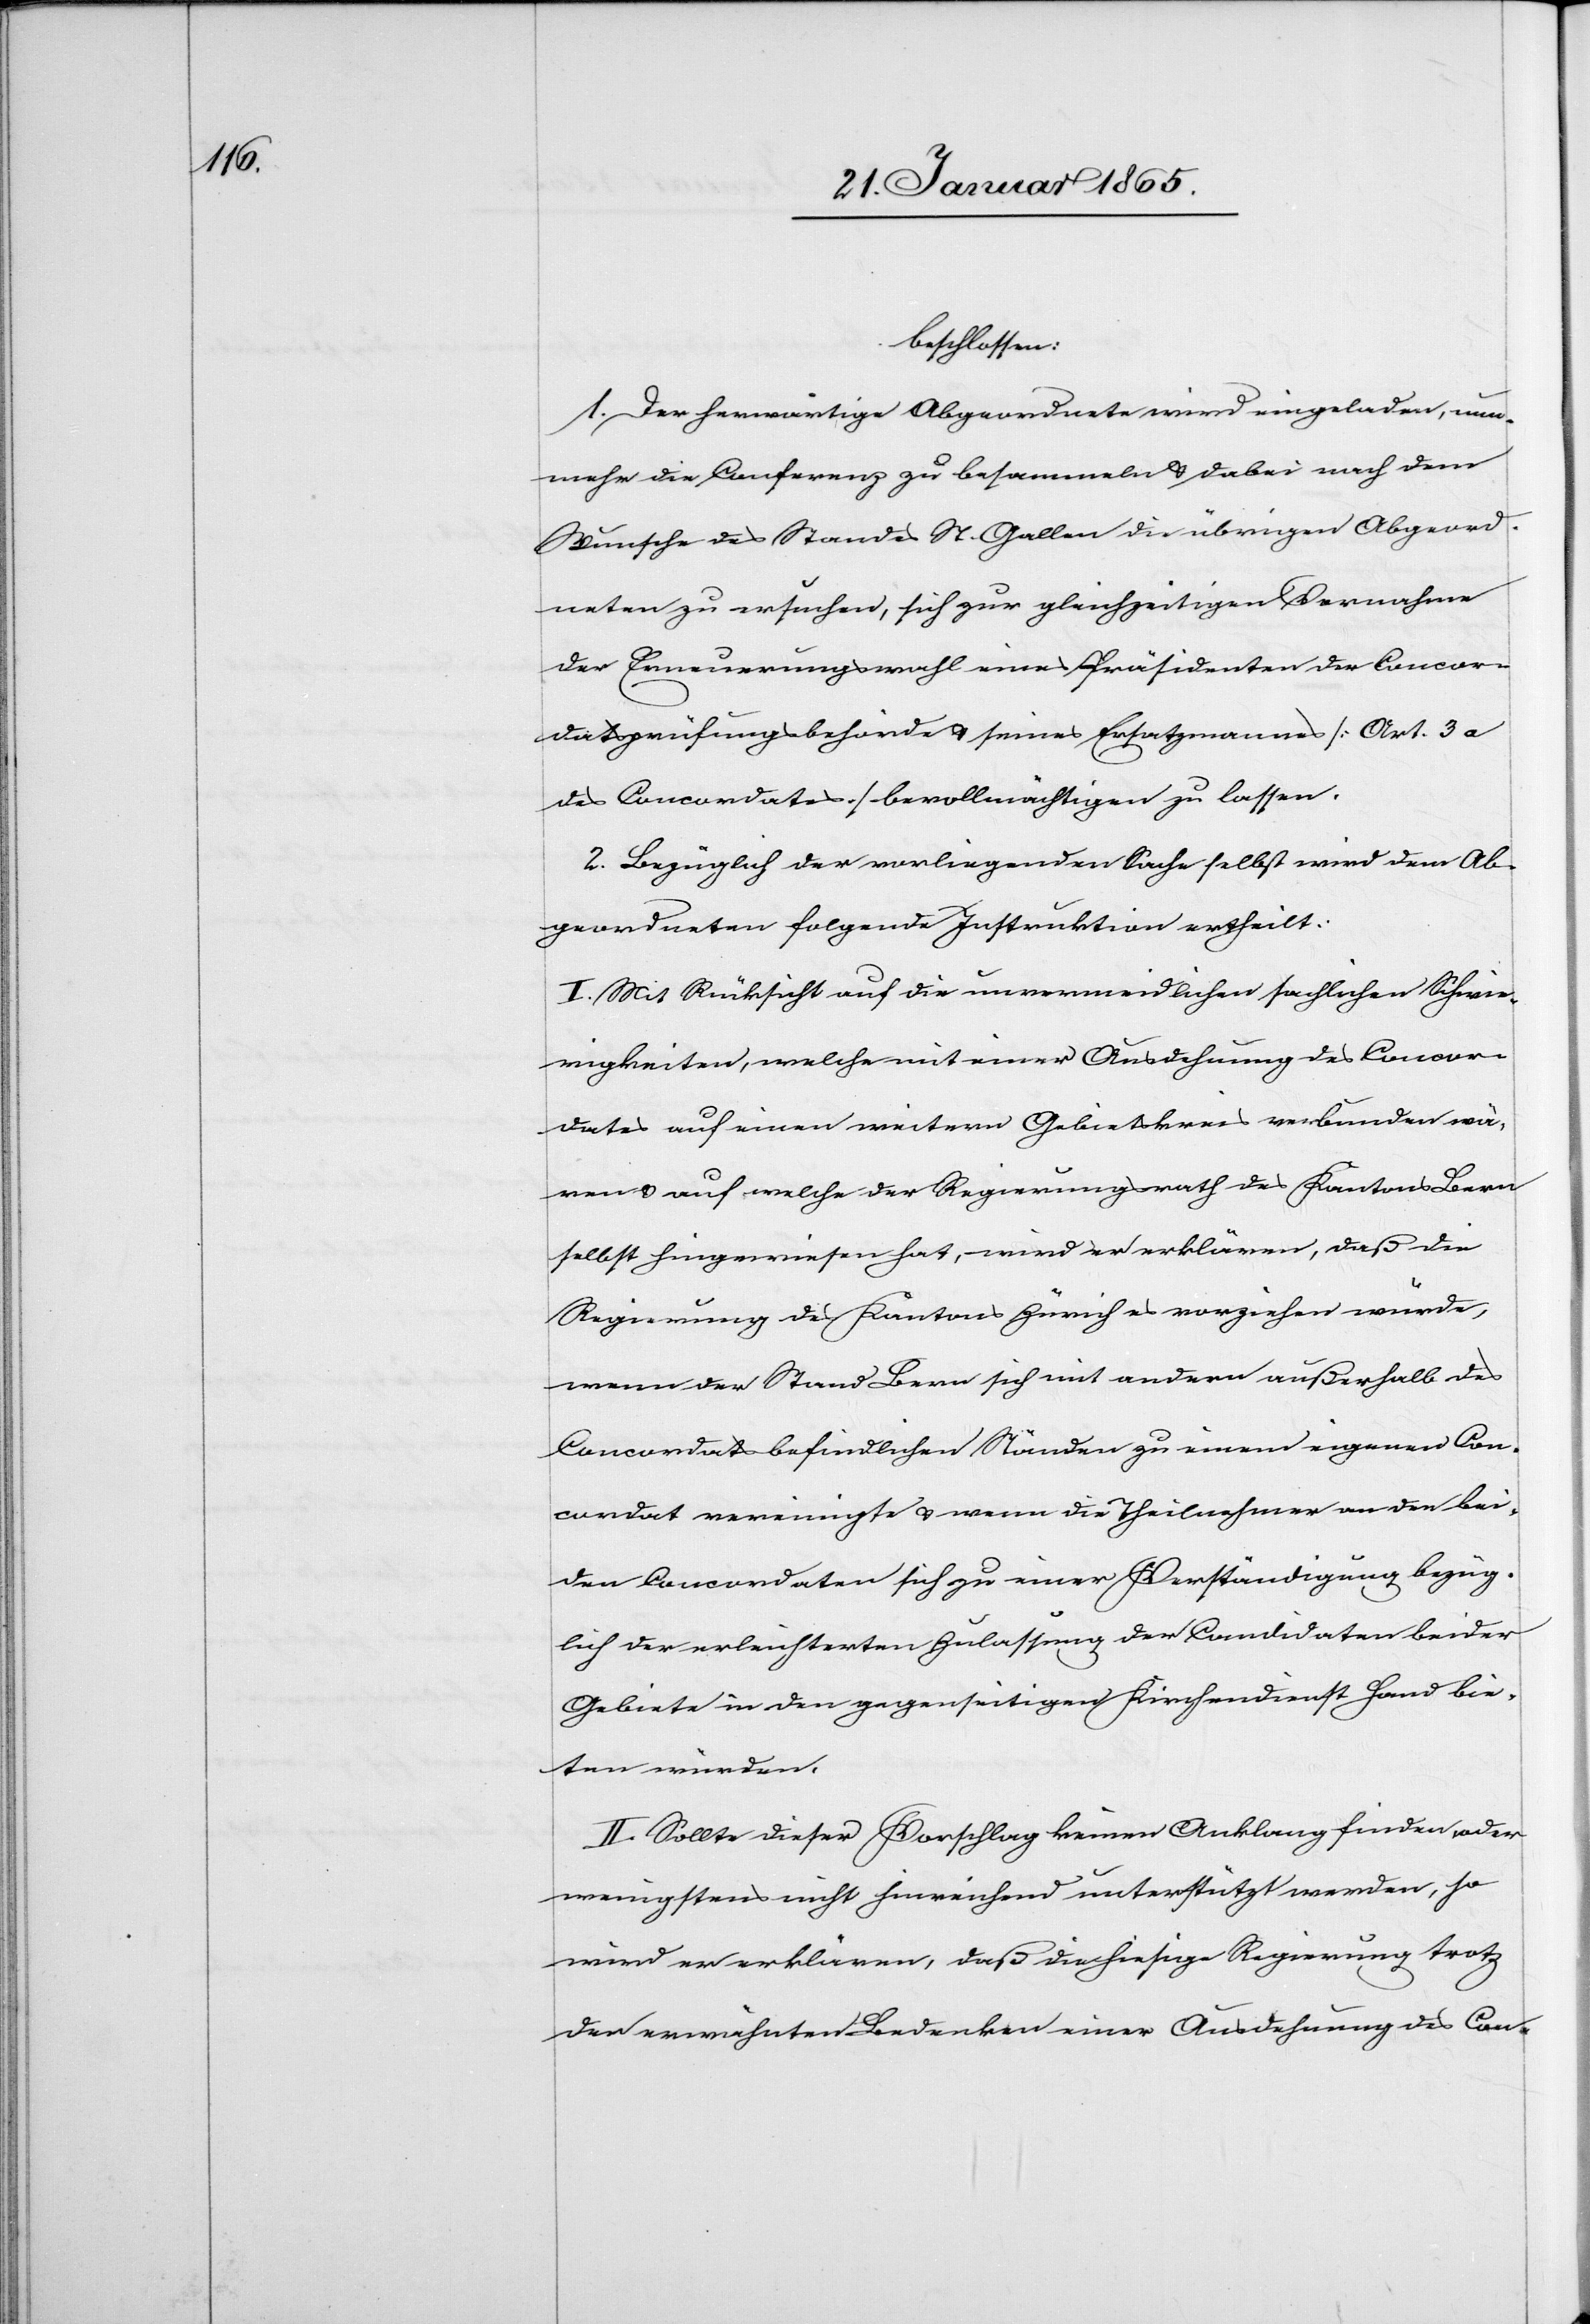
beschlossen:
1. Der herwärtige Abgeordnete wird eingeladen, nun¬
mehr die Conferenz zu besammeln u. dabei nach dem
Wunsche des Standes St. Gallen die übrigen Abgeord¬
neten zu ersuchen, sich zur gleichzeitigen Vornahme
der Erneuerungswahl eines Präsidenten der Concor¬
datsprüfungsbehörde u. seines Ersatzmannes [Art. 3 a
des Concordates] bevollmächtigen zu lassen.
2. Bezüglich der vorliegenden Sache selbst wird dem Ab¬
geordneten folgende Instruktion ertheilt:
I. Mit Rücksicht auf die unvermeidlichen sachlichen Schwie¬
rigkeiten, welche mit einer Ausdehnung des Concor¬
dates auf einen weitern Gebietskreis verbunden wä¬
ren u. auf welche der Regierungsrath des Kantons Bern
selbst hingewiesen hat, wird er erklären, daß die
Regierung des Kantons Zürich es vorziehen würde,
wenn der Stand Bern sich mit andern außerhalb des
Concordats befindlichen Ständen zu einem eigenen Con¬
cordat vereinigte u. wenn die Theilnehmer an den bei¬
den Concordaten sich zu einer Verständigung bezüg¬
lich der erleichterten Zulassung der Candidaten beider
Gebiete in den gegenseitigen Kirchendienst Hand bie¬
ten würden.
II. Sollte dieser Vorschlag keinen Anklang finden, oder
wenigstens nicht hinreichend unterstützt werden, so
wird er erklären, daß die hiesige Regierung trotz
der erwähnten Bedenken einer Ausdehnung des Con-